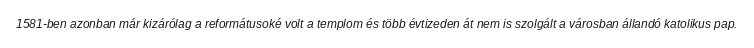
1581-ben azonban már kizárólag a reformátusoké volt a templom és több évtizeden át nem is szolgált a városban állandó katolikus pap.